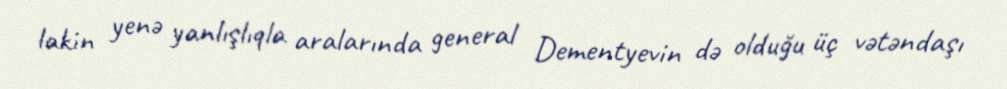
lakin yenə yanlışlıqla aralarında general Dementyevin də olduğu üç vətəndaşı